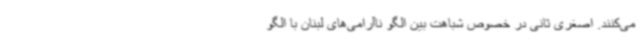
می‌کنند. اصغری ثانی در خصوص شباهت بین الگو ناآرامی‌های لبنان با الگو